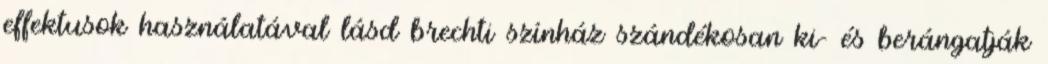
effektusok használatával lásd brechti színház szándékosan ki- és berángatják